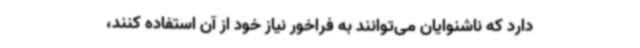
دارد که ناشنوایان می‌توانند به فراخور نیاز خود از آن استفاده کنند،